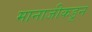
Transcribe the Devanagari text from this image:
मानाजीकडून